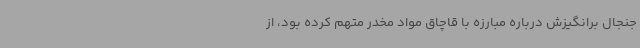
جنجال برانگیزش درباره مبارزه با قاچاق مواد مخدر متهم کرده بود، از